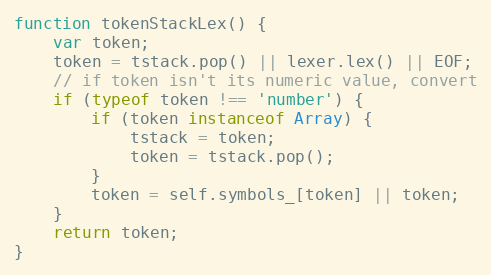
Language: JavaScript
function tokenStackLex() {
    var token;
    token = tstack.pop() || lexer.lex() || EOF;
    // if token isn't its numeric value, convert
    if (typeof token !== 'number') {
        if (token instanceof Array) {
            tstack = token;
            token = tstack.pop();
        }
        token = self.symbols_[token] || token;
    }
    return token;
}